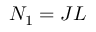
N _ { 1 } = J L